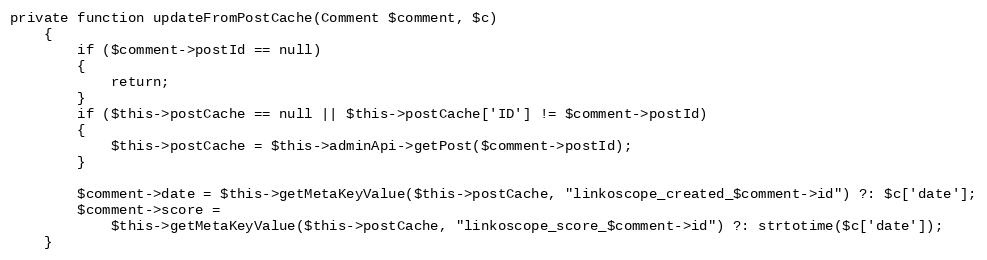
Language: PHP
private function updateFromPostCache(Comment $comment, $c)
    {
        if ($comment->postId == null)
        {
            return;
        }
        if ($this->postCache == null || $this->postCache['ID'] != $comment->postId)
        {
            $this->postCache = $this->adminApi->getPost($comment->postId);
        }

        $comment->date = $this->getMetaKeyValue($this->postCache, "linkoscope_created_$comment->id") ?: $c['date'];
        $comment->score =
            $this->getMetaKeyValue($this->postCache, "linkoscope_score_$comment->id") ?: strtotime($c['date']);
    }